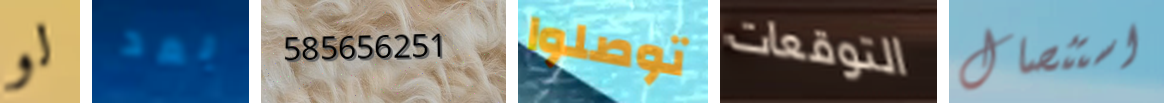
لو بعد 585656251 توصلوا التوقعات استئصال